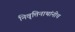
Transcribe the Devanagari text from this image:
निवृत्तिनाथांनीच